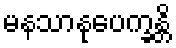
မနသာနုပေက္ခန္တိ